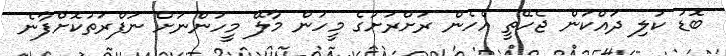
ބޮޑު ކުލި ދައްކަން ޖެހޭތީ އެހެން ރަށްރަށުގެ މީހުން މާލޭ މީހުންނަށް ނަފްރަތުކޮށްފާނެ